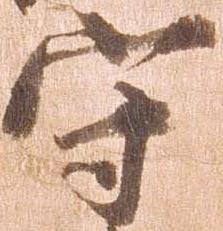
守